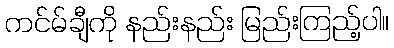
ကင်မ်ချီကို နည်းနည်း မြည်းကြည့်ပါ။